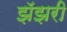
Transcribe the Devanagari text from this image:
झॅझरी